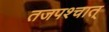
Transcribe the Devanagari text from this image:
तजपश्चात्